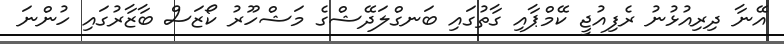
އޭނާ ދިރިއުޅުނު ރެފިއުޖީ ކޭމްޕާއި ގާތުގައި ބަނގްލަދޭޝްގެ މަޝްހޫރު ކޯޒަސް ބާޒާރުގައި ހުންނަ